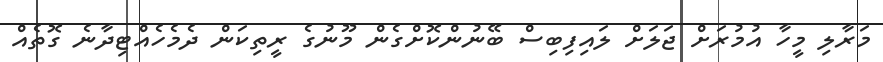
މަރާލި މީހާ އުމުރަށް ޖަލަށް ލައިފިބިސް ބޭނުންކޮށްގެން މޫނުގެ ރީތިކަން ދެމެހެއްޓިދާނެ ގޮތެއް